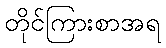
တိုင်ကြားစာအရ